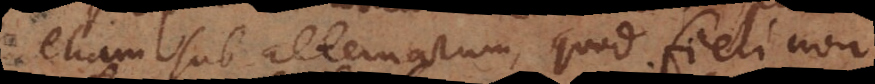
etiam subalternarum, quod fieri non